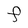
Character: F